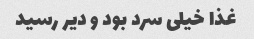
غذا خیلی سرد بود و دیر رسید